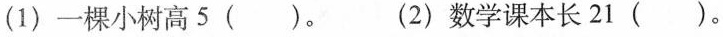
(1)一棵小树高5( )。 (2)数学课本长21( )。